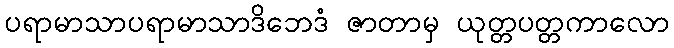
ပရာမာသာပရာမာသာဒိဘေဒံ ဇာတာမှ ယုတ္တပတ္တကာလော